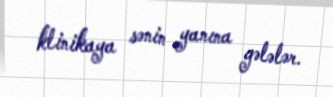
klinikaya sənin yanına gələlər.